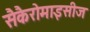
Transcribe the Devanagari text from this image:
सैकैरोमाइसीज